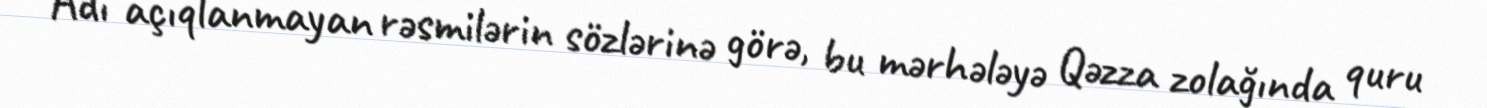
Adı açıqlanmayan rəsmilərin sözlərinə görə, bu mərhələyə Qəzza zolağında quru